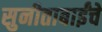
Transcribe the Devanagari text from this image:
सुनीताबाईंचे